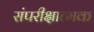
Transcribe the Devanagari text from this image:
संपरीक्षात्मक